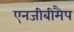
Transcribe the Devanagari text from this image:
एनजीबीमैप